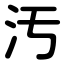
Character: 汚